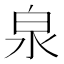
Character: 泉